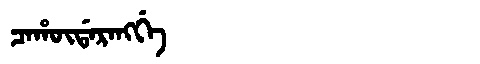
Manchu: ᠴᠠᡥᡡᡩᠠᡵᠠᠩᡤᡝ
Romanization: CAHŪDARANGGE